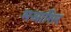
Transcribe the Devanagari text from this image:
मआसिर